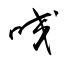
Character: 咬